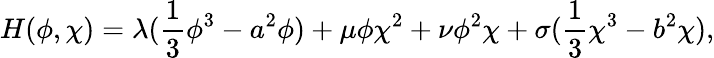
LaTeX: H(\phi,\chi)=\lambda(\frac{1}{3}\phi^{3}-a^{2}\phi)+\mu\phi\chi^{2}+\nu\phi^{2}\chi+\sigma(\frac{1}{3}\chi^{3}-b^{2}\chi),